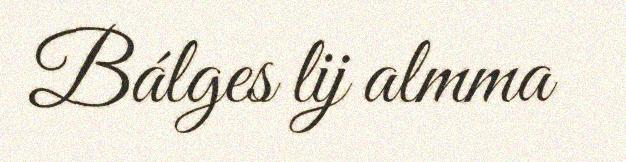
Bálges lij almma